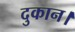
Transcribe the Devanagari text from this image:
दुकान।